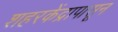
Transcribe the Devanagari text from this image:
शहरकेंद्रापासून